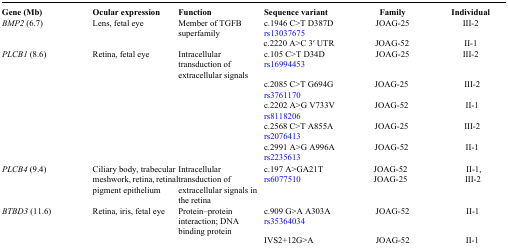
<table><thead><tr><td><b>Gene (Mb)</b></td><td><b>Ocular expression</b></td><td><b>Function</b></td><td><b>Sequence variant</b></td><td><b>Family</b></td><td><b>Individual</b></td></tr></thead><tbody><tr><td><i>BMP2</i> (6.7)</td><td>Lens, fetal eye</td><td>Member of TGFB superfamily</td><td>c.1946 C&gt;T D387D rs13037675</td><td>JOAG-25</td><td>III-2</td></tr><tr><td colspan="3"></td><td>c.2220 A&gt;C 3′ UTR</td><td>JOAG-52</td><td>II-1</td></tr><tr><td rowspan="5"><i>PLCB1</i> (8.6)</td><td rowspan="5">Retina, fetal eye</td><td rowspan="5">Intracellular transduction of extracellular signals</td><td>c.105 C&gt;T D34D rs16994453</td><td>JOAG-25</td><td>III-2</td></tr><tr><td>c.2085 C&gt;T G694G rs3761170</td><td>JOAG-25</td><td>III-2</td></tr><tr><td>c.2202 A&gt;G V733V rs8118206</td><td>JOAG-52</td><td>II-1</td></tr><tr><td>c.2568 C&gt;T A855A rs2076413</td><td>JOAG-25</td><td>III-2</td></tr><tr><td>c.2991 A&gt;G A996A rs2235613</td><td>JOAG-52</td><td>II-1</td></tr><tr><td><i>PLCB4</i> (9.4)</td><td>Ciliary body, trabecular meshwork, retina, retinal pigment epithelium</td><td>Intracellular transduction of extracellular signals in the retina</td><td>c.197 A&gt;GA21T rs6077510</td><td>JOAG-52 JOAG-25</td><td>II-1, III-2</td></tr><tr><td><i>BTBD3</i> (11.6)</td><td>Retina, iris, fetal eye</td><td>Protein–protein interaction; DNA binding protein</td><td>c.909 G&gt;A A303A rs35364034</td><td>JOAG-52</td><td>II-1</td></tr><tr><td colspan="3"></td><td>IVS2+12G&gt;A</td><td>JOAG-52</td><td>II-1</td></tr></tbody></table>